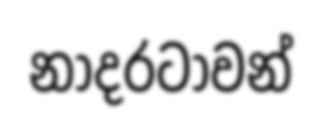
නාදරටාවන්